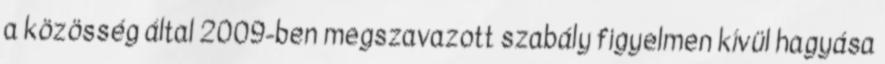
a közösség által 2009-ben megszavazott szabály figyelmen kívül hagyása